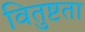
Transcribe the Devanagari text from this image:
वितुष्टता